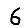
Digit: 6